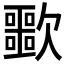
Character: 𣤲